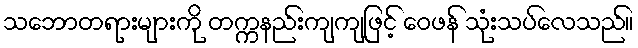
သဘောတရားများကို တက္ကနည်းကျကျဖြင့် ဝေဖန် သုံးသပ်လေသည်။